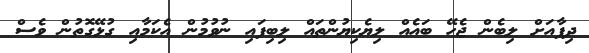
ދިފާއަށް ލިބެން ޖެހޭ ބައެއް ލިޔެކިޔުންތައް ލިބިފައި ނުވުމުން އެކަމާއި ގުޅޭގޮތުން ވެސް